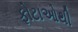
ફોટાઓથી